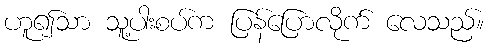
ဟူ၍သာ သူ့ပါးစပ်က ပြန်ပြောလိုက် လေသည်။